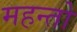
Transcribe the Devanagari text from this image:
महन्तो